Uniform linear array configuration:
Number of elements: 24
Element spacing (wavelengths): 0.75
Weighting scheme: exponential
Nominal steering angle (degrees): -60
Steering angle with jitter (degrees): -58.781
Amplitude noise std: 0.05
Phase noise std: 0.05

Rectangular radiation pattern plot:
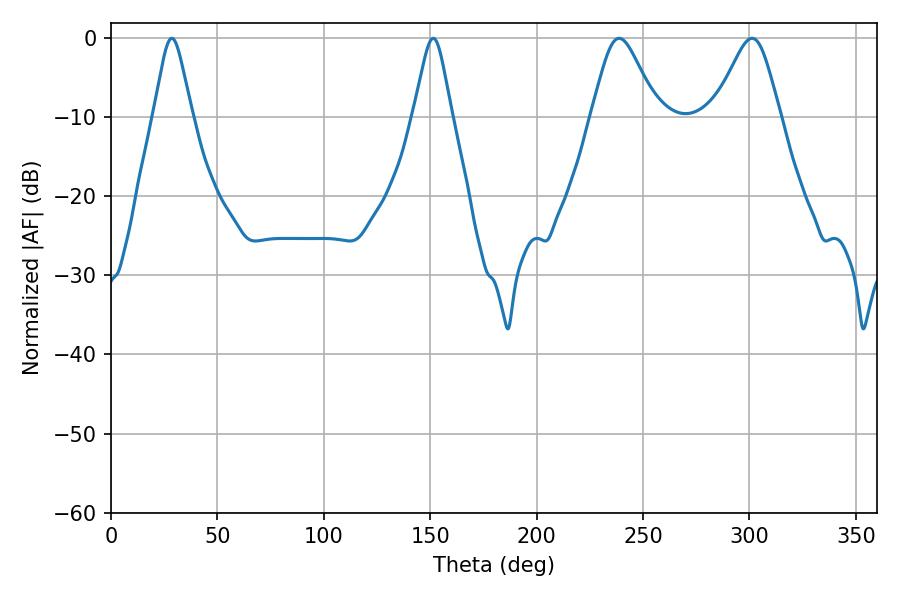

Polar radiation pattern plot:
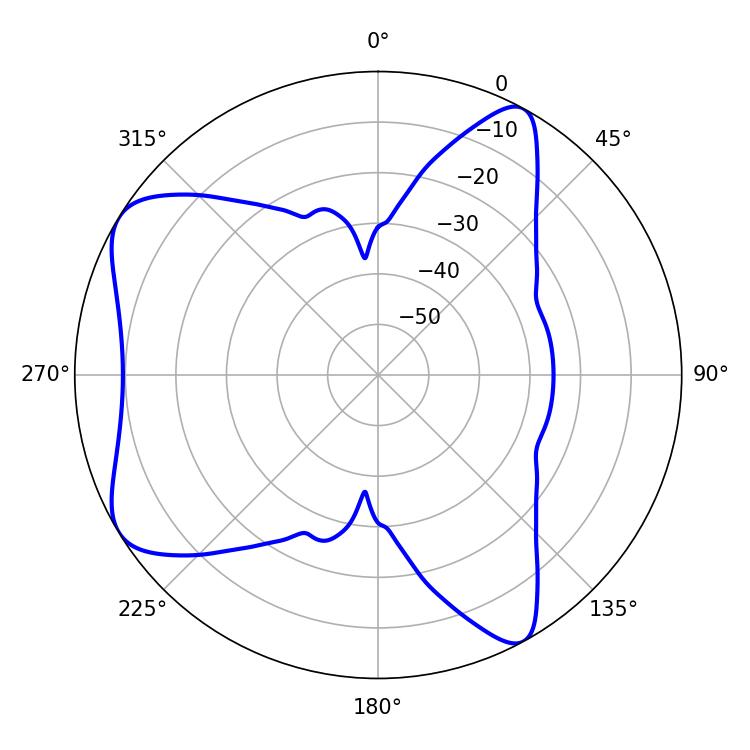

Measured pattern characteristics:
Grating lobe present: TRUE
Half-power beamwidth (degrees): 8.64
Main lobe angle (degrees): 28.62